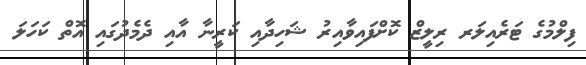
ފިލްމުގެ ޓަރެއިލަރ ރިލީޒް ކޮށްފައިވާއިރު ޝަހިދާއި ކަރީނާ އާއި ދެމެދުގައި އޮތް ކަހަލަ